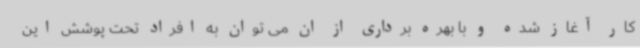
کار آغاز شده و با بهره برداری از ان می توان به افراد تحت پوشش این